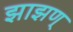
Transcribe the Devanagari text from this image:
झाझण्